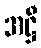
အဋ္ဌီ